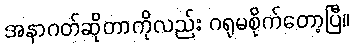
အနာဂတ်ဆိုတာကိုလည်း ဂရုမစိုက်တော့ပြီ။